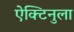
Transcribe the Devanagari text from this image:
ऐक्टिनुला